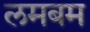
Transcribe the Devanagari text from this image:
लमबम